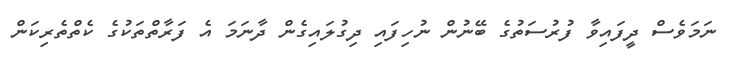
ނަމަވެސް ދީފައިވާ ފުރުސަތުގެ ބޭނުން ނުހިފައި ދިގުލައިގެން ދާނަމަ އެ ފަރާތްތަކުގެ ކެތްތެރިކަން